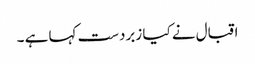
اقبال نے کیا زبردست کہا ہے ۔